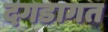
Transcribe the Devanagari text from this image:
दगडागत